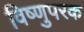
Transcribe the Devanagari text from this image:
विष्णुपरक